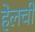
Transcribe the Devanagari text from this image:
हेलची